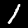
Label: 1